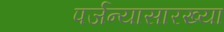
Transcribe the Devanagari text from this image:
पर्जन्यासारख्या